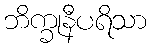
ဘိက္ခုနီပရိသာ